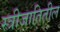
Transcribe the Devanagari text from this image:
स्त्रीजातितील